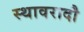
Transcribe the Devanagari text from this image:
स्थावरादौ